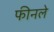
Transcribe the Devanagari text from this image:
फीनले